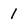
Character: 1